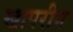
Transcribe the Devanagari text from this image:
खापरीय